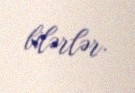
bilərlər.